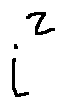
i ^ { 2 }